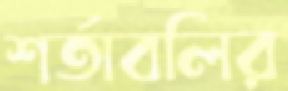
শর্তাবলির